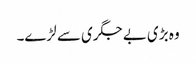
وہ بڑی بے جگری سے لڑے۔